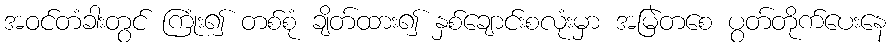
အဝင်တံခါးတွင် ကြုံး၍ တစ်စုံ ချိတ်ထား၍ နှစ်ချောင်းစလုံးမှာ အမြဲတစေ ပွတ်တိုက်ပေးနေ